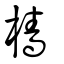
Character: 檣